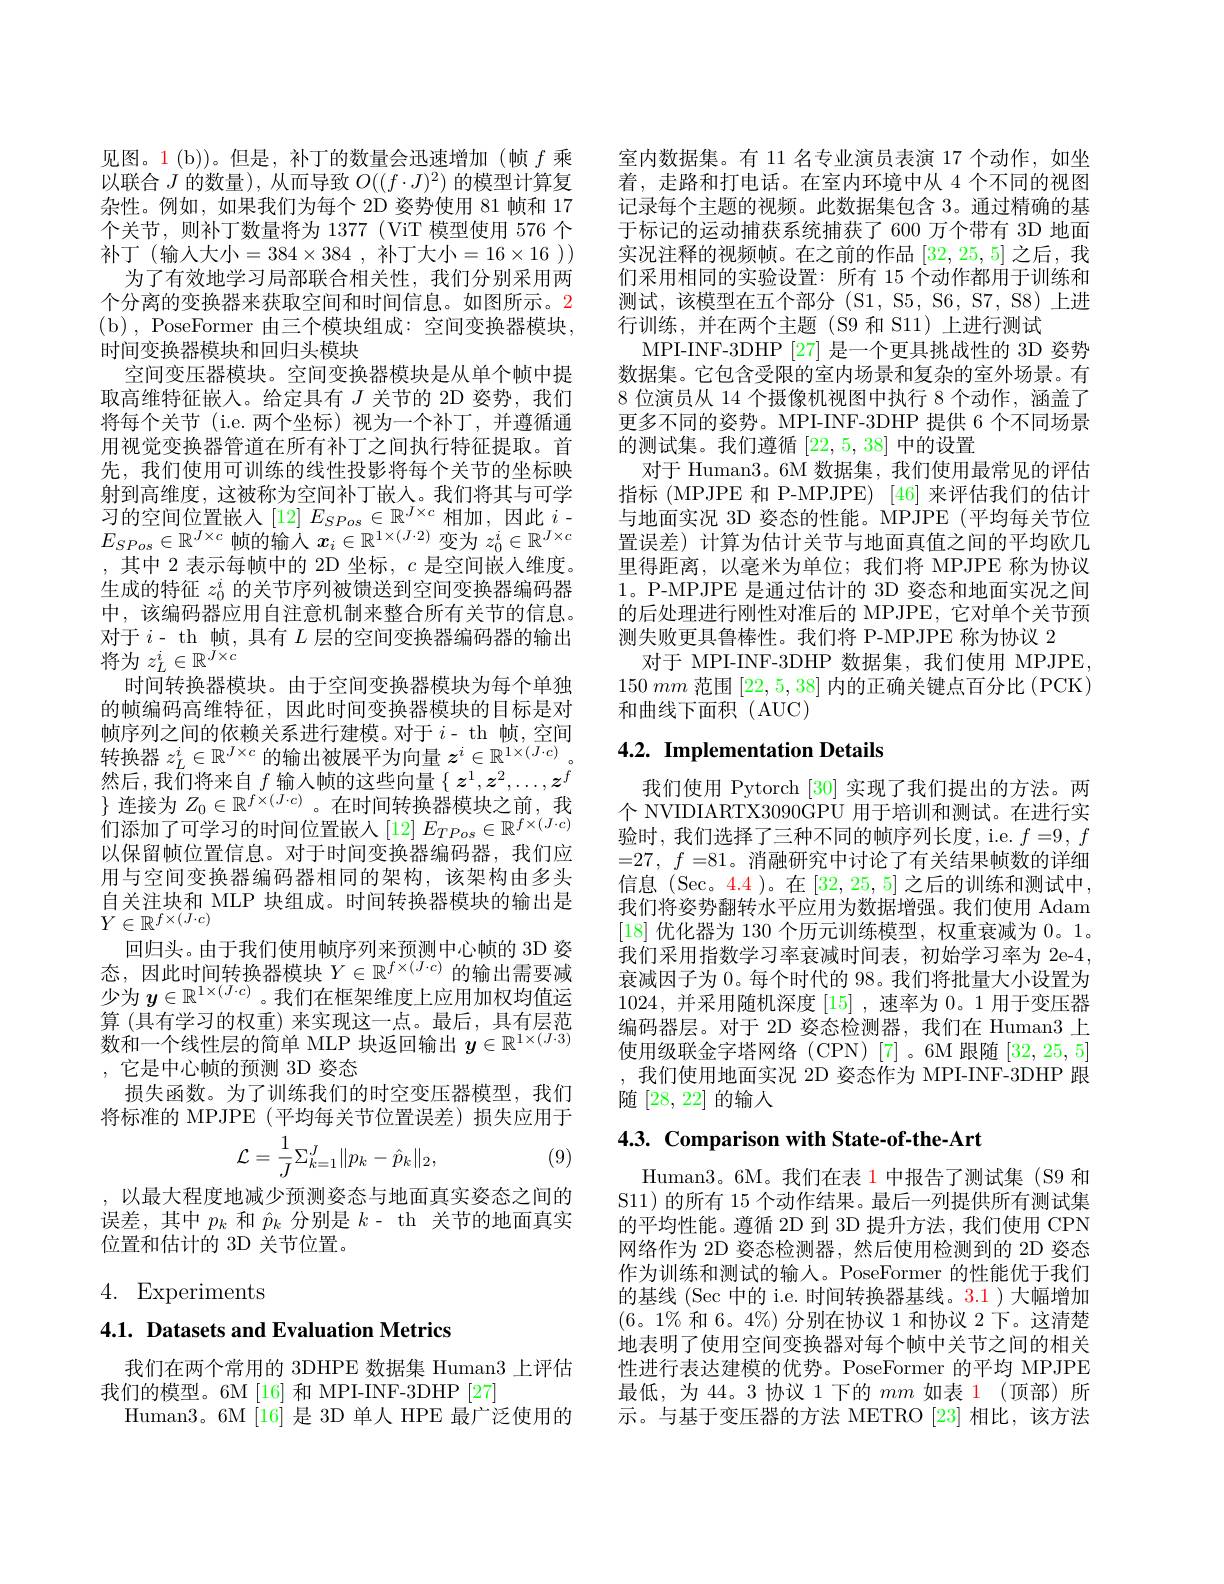
见图。1(b))。但是，补丁的数量会迅速增加(帧$f$乘以联合$J$的数量), 从而导致$O((f\cdot J)^2)$的模型计算复杂性。例如，如果我们为每个 2D 姿势使用 81 帧和 17个关节，则补丁数量将为 1377 (ViT 模型使用 576 个补丁(输入大小$=384\times384$ ,补丁大小$=16\times16$ ))
为了有效地学习局部联合相关性，我们分别采用两个分离的变换器来获取空间和时间信息。如图所示。2 ( b) , PoseFormer 由三个模块组成：空间变换器模块， 时间变换器模块和回归头模块
空间变压器模块。空间变换器模块是从单个帧中提取高维特征嵌人。给定具有$J$关节的 2D 姿势，我们将每个关节 (i.e.两个坐标)视为一个补丁，并遵循通用视觉变换器管道在所有补丁之间执行特征提取。首先，我们使用可训练的线性投影将每个关节的坐标映射到高维度，这被称为空间补丁嵌入。我们将其与可学$\begin{array}{l}\text{习的空间位置嵌人}\left[12\right]E_{SPos}\in\mathbb{R}^{J\times c}\text{相加},\text{因此 }i-\\E_{SPos}\in\mathbb{R}^{J\times c}\text{帧的输入 }x_{i}\in\mathbb{R}^{1\times(J\cdot2)}\text{ 变为 }z_{0}^{i}\in\mathbb{R}^{J\times c}\end{array}$ , 其中 2 表示每帧中的 2D 坐标$,c$ 是空间嵌人维度。生成的特征$z_0^i$的关节序列被馈送到空间变换器编码器中，该编码器应用自注意机制来整合所有关节的信息。对于$i$- th 帧，具有$L$层的空间变换器编码器的输出将为$z_L^i\in\mathbb{R}^{\bar{J}\times c}$
时间转换器模块。由于空间变换器模块为每个单独的帧编码高维特征，因此时间变换器模块的目标是对帧序列之间的依赖关系进行建模。对于$i$- th 帧，空间转换器$z_L^i\in\mathbb{R}^{J\times c}$的输出被展平为向量$z^i\in\mathbb{R}^{1\times(J\cdot c)}$。然后，我们将来自$f$ 输人帧的这些向量$\{z^1,z^2,\ldots,z^f$ $\}$连接为$Z_0\in\mathbb{R}^f\times(J\cdot c)$。在时间转换器模块之前，我们添加了可学习的时间位置嵌入$\left[12\right]E_{TPos}\in\mathbb{R}^{f\times(J\cdot c)}$ 以保留帧位置信息。对于时间变换器编码器，我们应用与空间变换器编码器相同的架构，该架构由多头自关注块和 MLP 块组成。时间转换器模块的输出是$\stackrel{\square}{Y\in\mathbb{R}^{f\times(J\cdot c)}}$
回归头。由于我们使用帧序列来预测中心帧的 3D 姿态，因此时间转换器模块$Y\in\mathbb{R}^f\times(J\cdot c)$的输出需要减少为$y\in\mathbb{R}^{1\times(J\cdot c)}$。我们在框架维度上应用加权均值运算 (具有学习的权重) 来实现这一点。最后，具有层范数和一个线性层的简单 MLP 块返回输出$y\in\mathbb{R}^{1\times(J\cdot3)}$ ,它是中心帧的预测 3D 姿态
损失函数。为了训练我们的时空变压器模型，我们将标准的 MPJPE(平均每关节位置误差)损失应用于
$$\mathcal{L}=\frac{1}{J}\Sigma_{k=1}^J\|p_k-\hat{p}_k\|_2,$$
(9)

,以最大程度地减少预测姿态与地面真实姿态之间的误差，其中$p_k$和$\hat{p}_k$分别是$k$- th 关节的地面真实位置和估计的 3D 关节位置。

# 4. Experiments

## 4.1. Datasets and Evaluation Metrics

我们在两个常用的 3DHPE 数据集 Human3 上评估
我们的模型。6M [16] 和 MPI-INF-3DHP [27]
Human3。6M[16]是 3D 单人 HPE 最广泛使用的

室内数据集。有 11 名专业演员表演 17 个动作，如坐着，走路和打电话。在室内环境中从 4 个不同的视图记录每个主题的视频。此数据集包含 3。通过精确的基于标记的运动捕获系统捕获了 600 万个带有 3D 地面实况注释的视频帧。在之前的作品[32,25,5]之后，我们采用相同的实验设置：所有 15 个动作都用于训练和测试，该模型在五个部分 (S1, S5, S6, S7, S8) 上进行训练，并在两个主题(S9 和 S11)上进行测试
MPI-INF-3DHP [27] 是一个更具挑战性的 3D 姿势数据集。它包含受限的室内场景和复杂的室外场景。有8 位演员从 14 个摄像机视图中执行 8 个动作，涵盖了更多不同的姿势。MPI-INF-3DHP 提供 6 个不同场景的测试集。我们遵循[22,5,38]中的设置
对于 Human3。6M 数据集，我们使用最常见的评估指标(MPJPE 和 P-MPJPE) [46] 来评估我们的估计与地面实况 3D 姿态的性能。MPJPE(平均每关节位置误差) 计算为估计关节与地面真值之间的平均欧几里得距离，以毫米为单位；我们将 MPJPE 称为协议1。P-MPJPE 是通过估计的 3D 姿态和地面实况之间的后处理进行刚性对准后的 MPJPE, 它对单个关节预测失败更具鲁棒性。我们将 P-MPJPE 称为协议 2
对于 MPI-INF-3DHP 数据集，我们使用 MPJPE, $150~mm~$范围 $[22,5,38]~$内的正确关键点百分比(PCK) 和曲线下面积(AUC)

## 4.2. Implementation Details

我们使用 Pytorch [30]实现了我们提出的方法。两个 NVIDIARTX3090GPU 用于培训和测试。在进行实验时，我们选择了三种不同的帧序列长度，i.e. $f=9,f$ =27, $f= 81$。消融研究中讨论了有关结果帧数的详细信息 (Sec。4.4 )。在[32,25,5]之后的训练和测试中， 我们将姿势翻转水平应用为数据增强。我们使用 Adam [18]优化器为 130 个历元训练模型，权重衰减为0。1。我们采用指数学习率衰减时间表，初始学习率为 2e-4, 衰减因子为 0。每个时代的 98。我们将批量大小设置为1024,并采用随机深度[15] ,速率为0。1 用于变压器编码器层。对于 2D 姿态检测器，我们在 Human3 上使用级联金字塔网络(CPN)[7]。6M 跟随[32,25,5] ,我们使用地面实况 2D 姿态作为 MPI-INF-3DHP 跟随[28,22]的输人

4.3. Comparison with State-of-the-Art

Human3。6M。我们在表 1 中报告了测试集 (S9 和S11)的所有 15 个动作结果。最后一列提供所有测试集的平均性能。遵循 2D 到 3D 提升方法，我们使用 CPN 网络作为 2D 姿态检测器，然后使用检测到的 2D 姿态作为训练和测试的输入。PoseFormer 的性能优于我们的基线 (Sec 中的 i.e. 时间转换器基线。3.1) 大幅增加$(6。1\%$和 6。4%) 分别在协议 1 和协议 2 下。这清楚地表明了使用空间变换器对每个帧中关节之间的相关性进行表达建模的优势。PoseFormer 的平均 MPJPE 最低，为 44。3 协议 1 下的$mm$如表 1(顶部)所示。与基于变压器的方法 METRO [23]相比，该方法